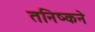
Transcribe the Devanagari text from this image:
तनिष्कने